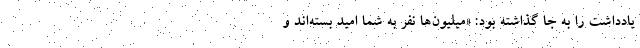
یادداشت را به جا گذاشته بود: «میلیون‌ها نفر به شما امید بسته‌اند و